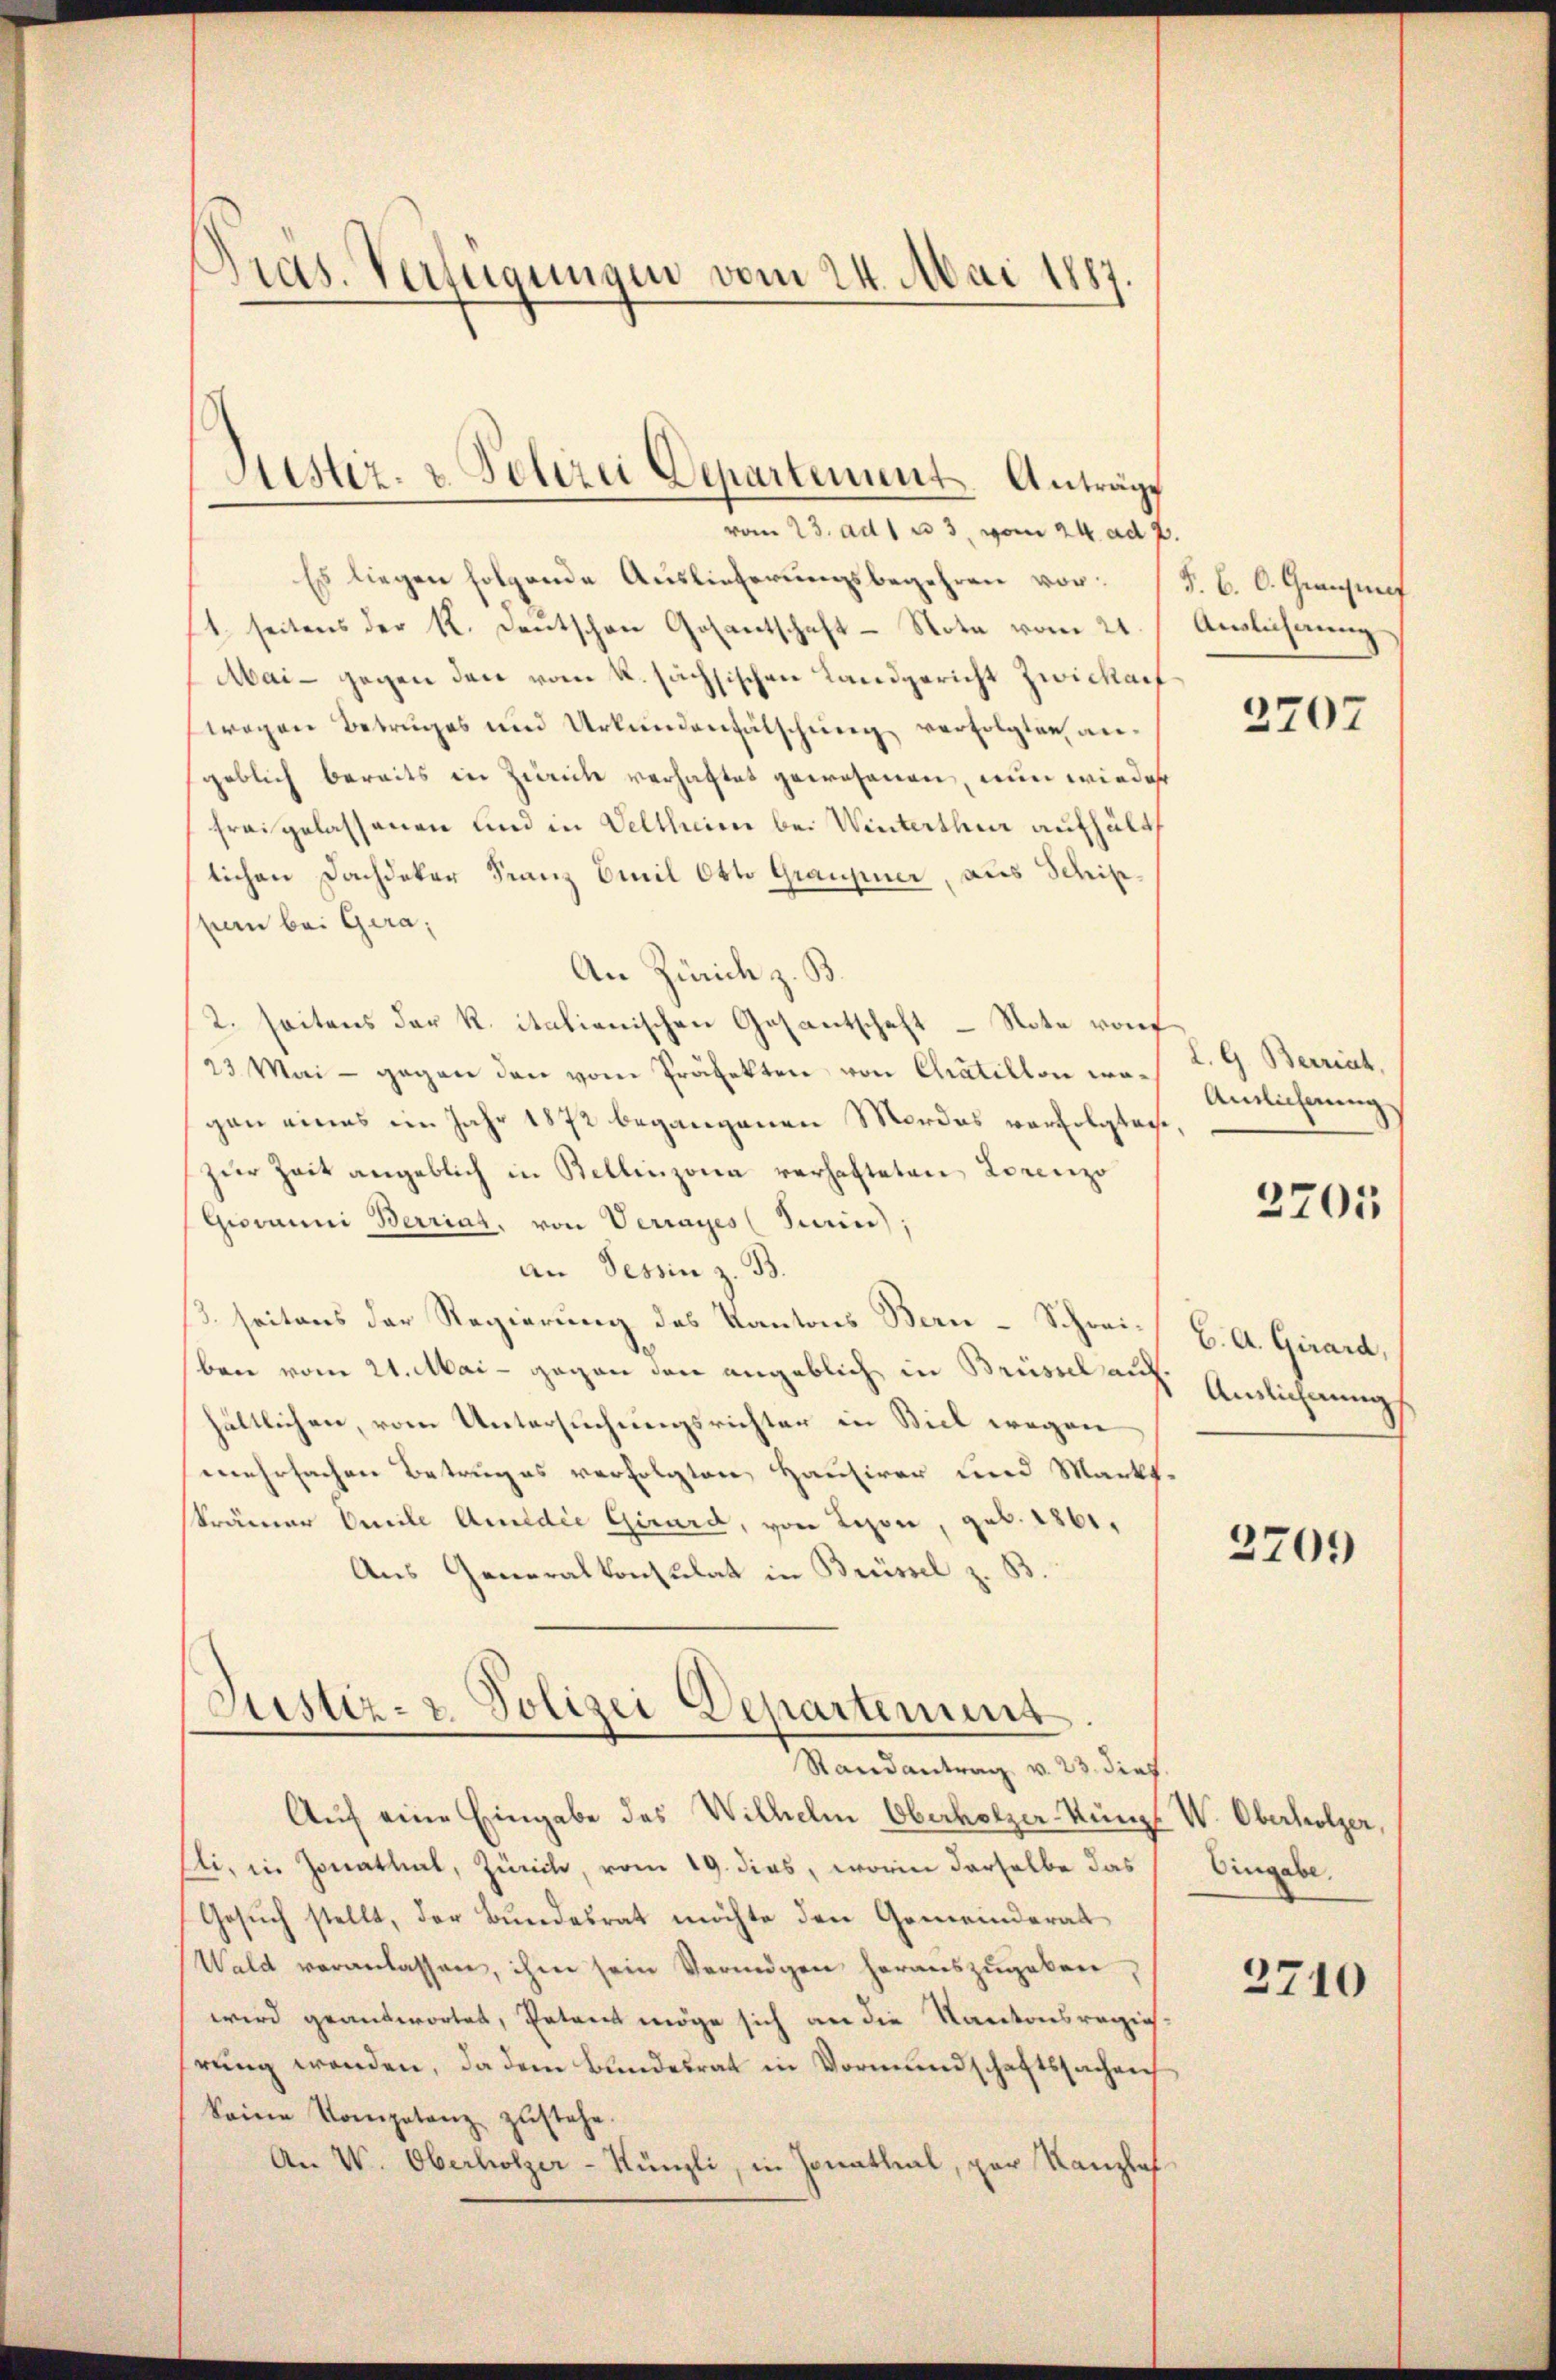
Pras. Verfügungen vom 24. Mai 1887.

Es liegen folgende Auslieferungsbegehren vor¬
1. seitens der K. Centschen Gosantschaft - Nota vom 21.
Mai- gegen den vom k. sächsischen Landgericht Zwickauf
wogen Betruges und Urkundenfälschung verfolgten angeblich bereits in Zweich verhaftet gewesenen, nun wieder
frei gelassenen und in Veltheim bei Winterthur aufhält
lichen Dachdeker Franz Emil Otto Graupier, aus Schifpern bei Gera,
An Zürich z. B.
2. seitens der R. italienischen Gasantschaft – Note rauf
23. Mai - gegen den vom Präfekten von Chatillon wogan eines im Jahr 1872 begangenen Mordes verfolgtage
zŭr Zeit angeblich in Bellinzona verhafteten Lorenzo
Giovanni Berriat. von Verrages (Surn),
an Tessin z. B.
/3. seitens der Regierung des Kantons Bern-Schreiben vom 21. Mai - gegen den angeblich in Brüssel auf.
hältlichen, vom Untersuchungsrichter in Biel wegen
mehrfachen Betruges verfolgten Hausirer und Markt
skrämer Omile Audie Girard, von Leon, geb. 1861,
Aus Generalkonsulat in Brüssel z. B.

Justiz- u. Polizei Departement. Anträge
vom 23. ad 1. u 3. vom 24. ad 2.

Justiz- & Polizei Departement
Randantrag v. 23. dies

Auf eine Eingabe des Wilhelm Oberholzer Kunz
Eli, in Zonathal, Zürich, vom 19. dies, worin derselbe das
Gesuch stellt, der Bundesrat möchte den Gemeinderat
Wald veranlassen, ihm sein Vermögen herauszugeben,
wird geantwortet, Petent möge sich an die Kantonsregie
hrung werden, da dem Bundesrat in Vormundschaftssachen
keine Kompetenz zustehe.
An W. Oberholzer-Künzli, in Jonathal, par Kanzlef¬

S. B. C. Graunf
Auslichnung

2707

d. G. Zürich,
Antlicherung

2705

C. A. Girard,
Auslichnung
“

2709

W. Oberholzer,
Eingabe.

2710